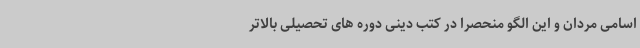
اسامی مردان و این الگو منحصراً در کتب دینی دوره های تحصیلی بالاتر